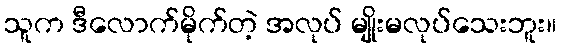
သူက ဒီလောက်မိုက်တဲ့ အလုပ် မျိုးမလုပ်သေးဘူး။